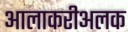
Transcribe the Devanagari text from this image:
आलाकरीअलक